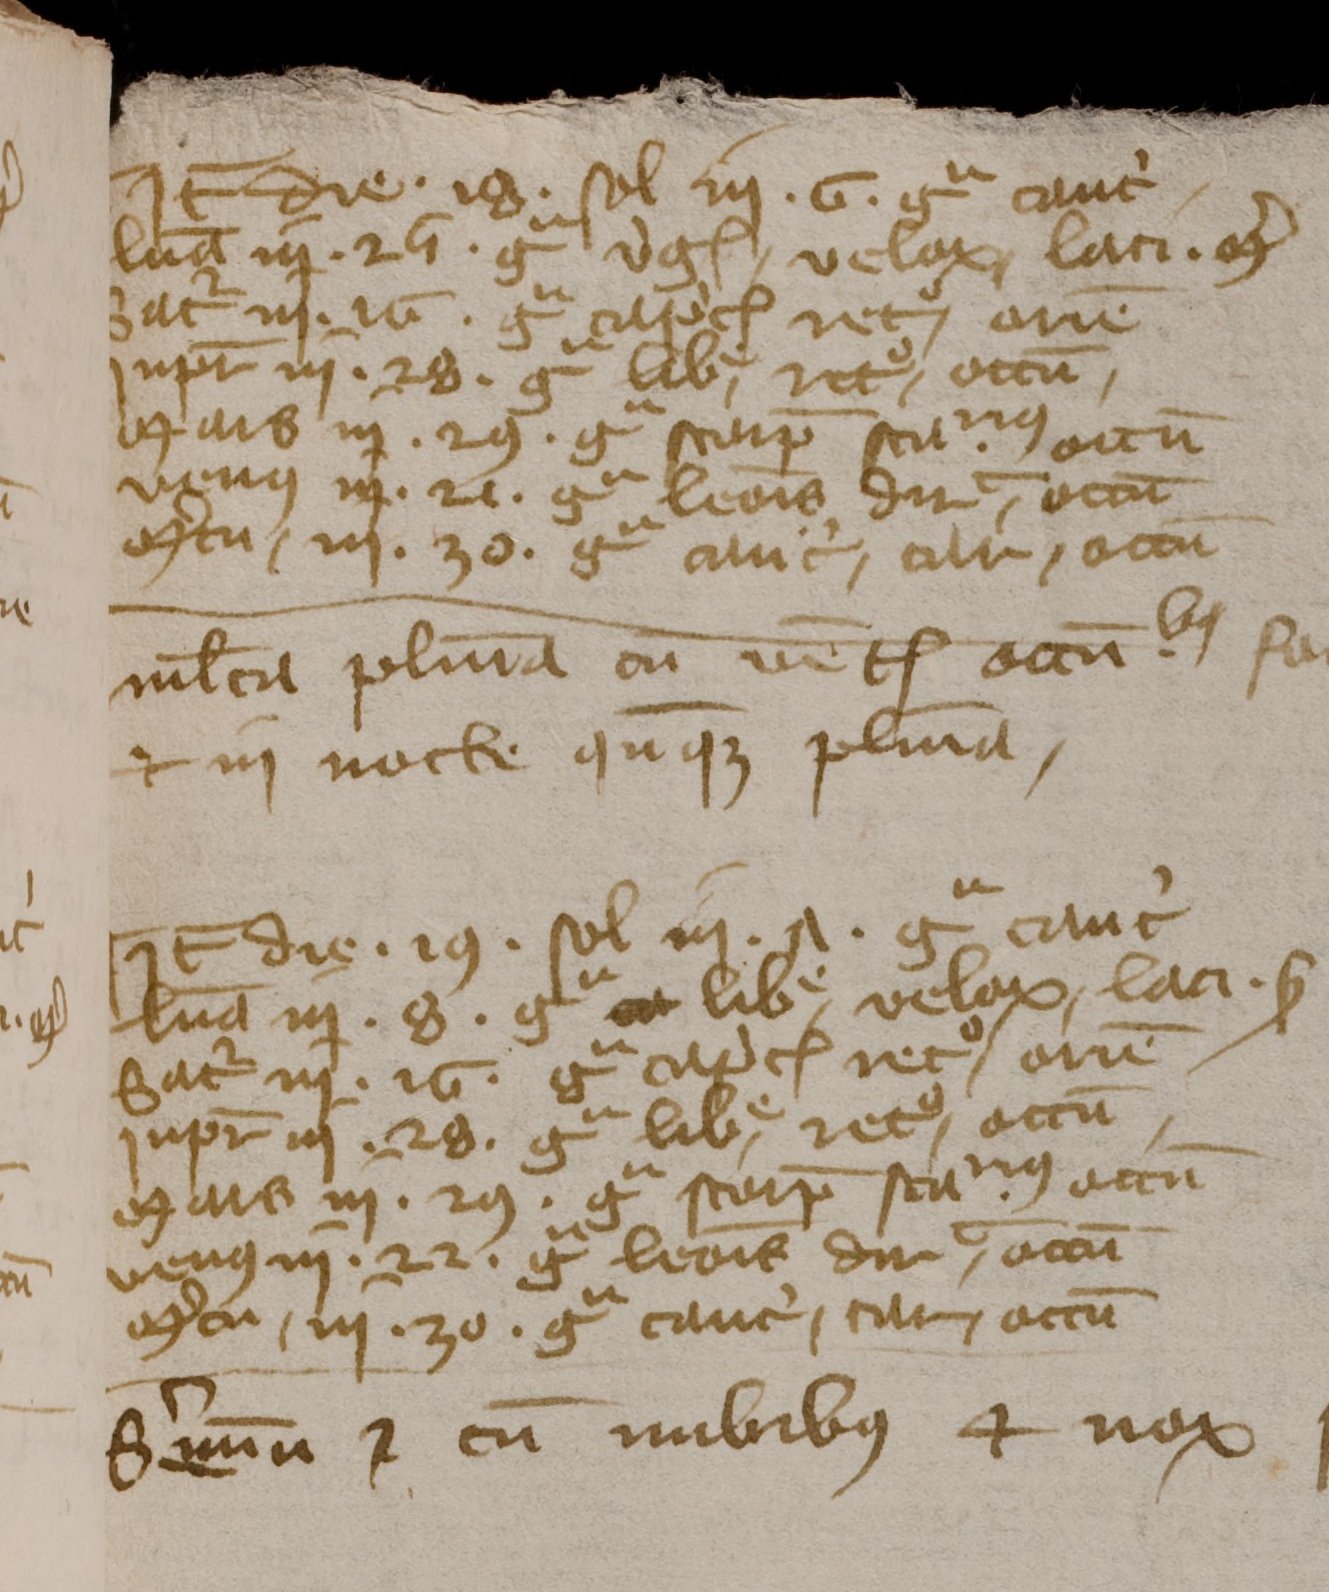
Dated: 1350–1424